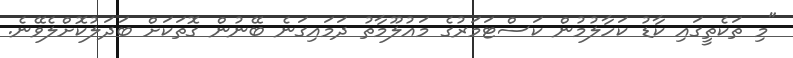
"މި ތަކެތީގައި ކާޑު ކަހާލުމުން ކަސްޓަމަރުގެ މައުލޫމާތު ދަމައިގަނެ ބޭނުން ގޮތަކަށް ބަދަލުކޮށްލެވޭނެ.